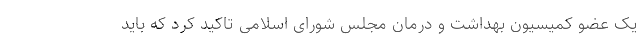
یک عضو کمیسیون بهداشت و درمان مجلس شورای اسلامی تاکید کرد که باید